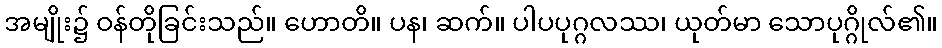
အမျိုး၌ ဝန်တိုခြင်းသည်။ ဟောတိ။ ပန၊ ဆက်။ ပါပပုဂ္ဂလဿ၊ ယုတ်မာ သောပုဂ္ဂိုလ်၏။